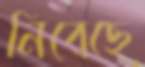
নিবেছে